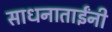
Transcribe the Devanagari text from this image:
साधनाताईंनी